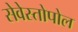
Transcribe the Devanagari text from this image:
सेवेस्तोपोल